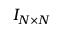
I _ { N \times N }